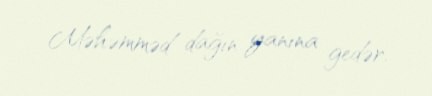
Məhəmməd dağın yanına gedər.